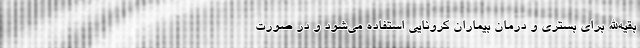
بقیه‌الله برای بستری و درمان بیماران کرونایی استفاده می‌شود و در صورت